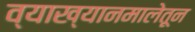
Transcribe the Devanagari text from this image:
व्याख्यानमालेतून